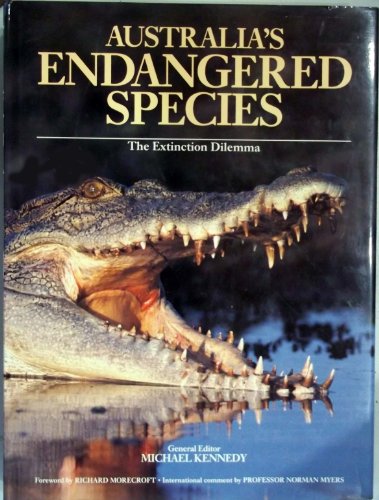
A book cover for Australias Endangered Species: The Extinction Dilemma (Books from Down Under); Sports & Outdoors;